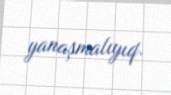
yanaşmalıyıq.